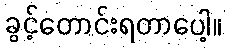
ခွင့်တောင်းရတာပေါ့။